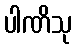
ပါဏိသု